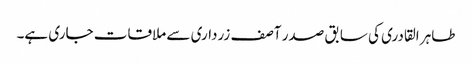
طاہر القادری کی سابق صدر آصف زرداری سے ملاقات جاری ہے۔